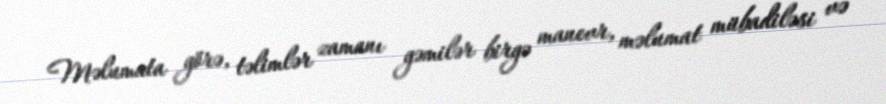
Məlumata görə, təlimlər zamanı gəmilər birgə manevr, məlumat mübadiləsi və